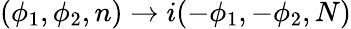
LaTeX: (\phi_{1},\phi_{2},n)\rightarrow i(-\phi_{1},-\phi_{2},N)